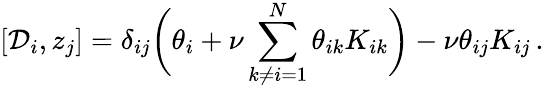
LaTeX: \left[{\cal D}_{i},z_{j}\right]=\delta_{ij}\biggl(\theta_{i}+\nu\sum_{k\ne i=1}^{N}\theta_{ik}K_{ik}\biggr)-\nu\theta_{ij}K_{ij}\, .